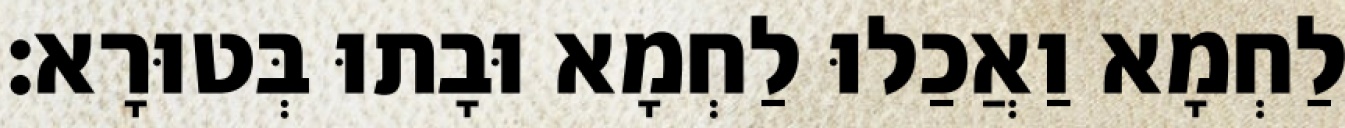
לַחְמָא וַאֲכַלוּ לַחְמָא וּבָתוּ בְּטוּרָא׃